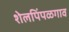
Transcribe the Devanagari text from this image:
शेलपिंपळगाव